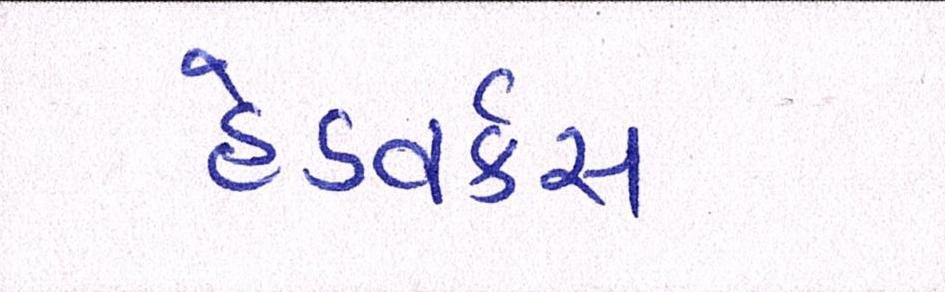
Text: હેડવર્કસ